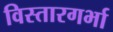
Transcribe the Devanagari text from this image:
विस्तारगर्भा